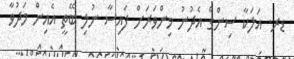
ޑރ. އަލަކާ ސިންގް އެދުނު މިންވަރަށް ފައިސާ ނުލި ބޭތީ އެއިން މަދުވާ